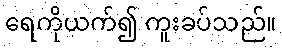
ရေကိုယက်၍ ကူးခပ်သည်။